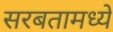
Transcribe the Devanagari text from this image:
सरबतामध्ये